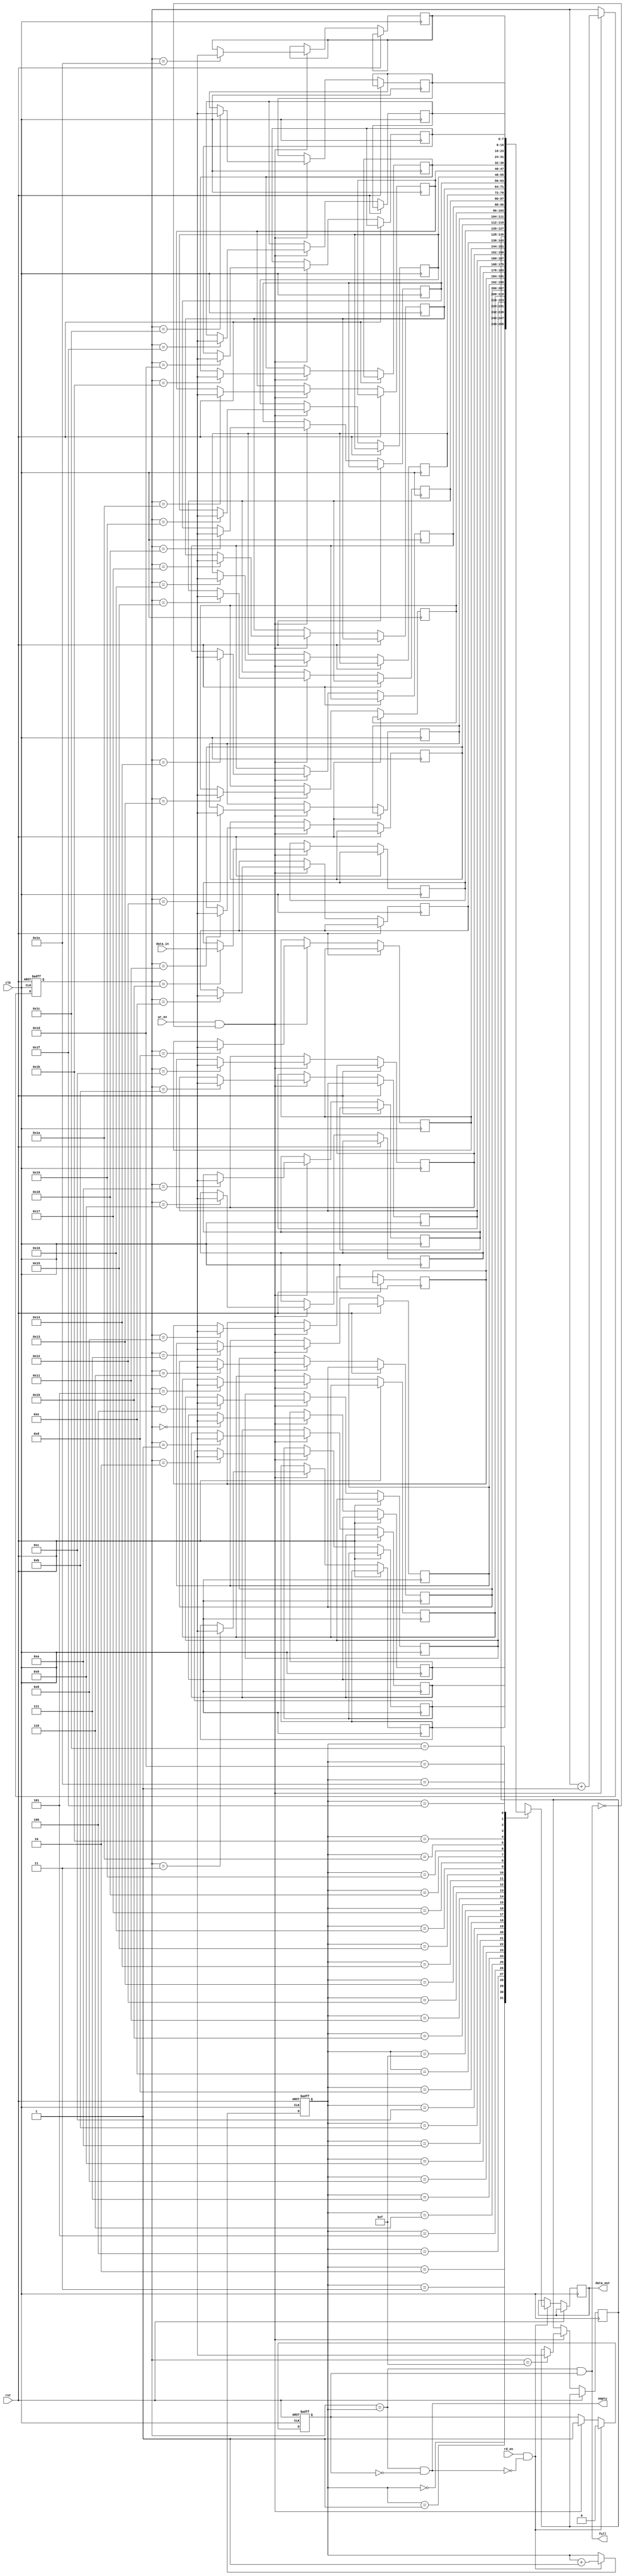
module fifo #(parameter AWIDTH = 5,
	      parameter DWIDTH = 8)
   (input wire clk, rst, wr_en, rd_en,
    input wire [DWIDTH-1:0] data_in,
    output wire 	    full, empty,
    output reg [DWIDTH-1:0] data_out);

   localparam DEPTH = 2**AWIDTH;
   reg [DWIDTH-1:0] 	    mem [0:DEPTH-1];

   reg [AWIDTH-1:0] 	    wptr;
   reg [AWIDTH-1:0] 	    rptr;
   reg 			    wrote; // Last operation

   // FIFO function
   always @(posedge clk or posedge rst)
     begin
	if ( rst )
	  begin
	     wptr <= 1'b0;
	     rptr <= 1'b0;
	     wrote <= 1'b0;
	  end
	else
	  begin
	     if ( wr_en && ~full )
	       begin
		  mem[wptr] <= data_in;
		  wptr <= wptr + 1;
		  wrote <= 1'b1;
	       end

	     if ( rd_en && ~empty )
	       begin
		  data_out <= mem[rptr];
		  rptr <= rptr + 1;
		  wrote <= 1'b0;
	       end
	  end // else: !if( rst )
     end // always @ (posedge clk or posedge rst)

   // full and empty states
   assign full  = ( wptr == rptr ) && wrote;
   assign empty = ( wptr == rptr ) && ~wrote;
   
endmodule